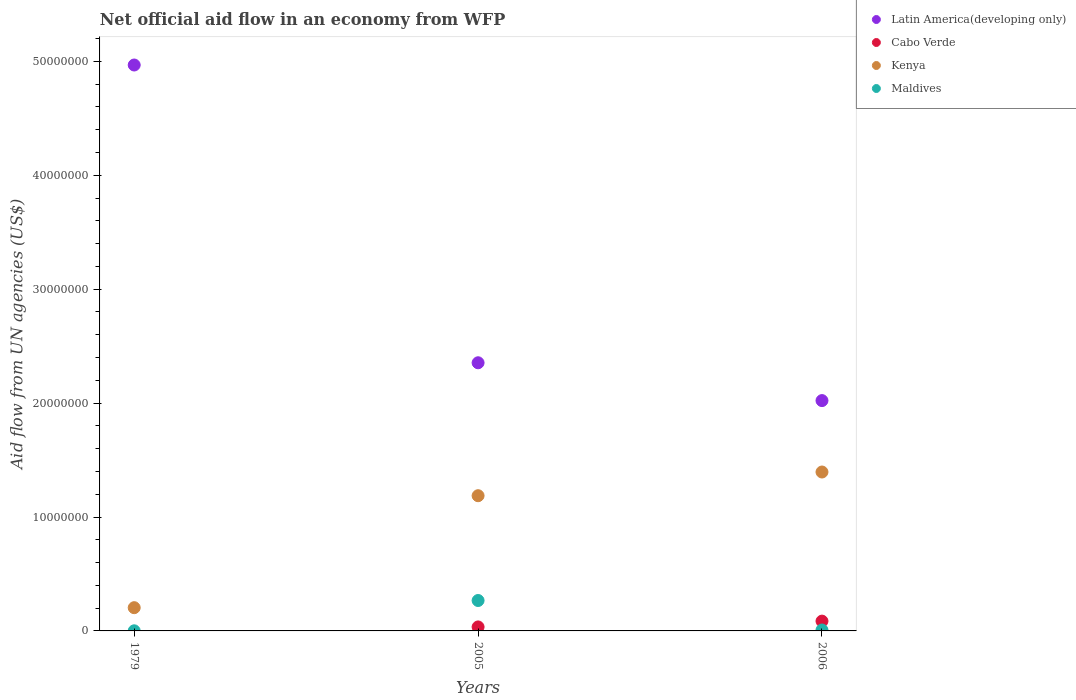
| Years | Latin America(developing only) | Cabo Verde | Kenya | Maldives |
 | --- | --- | --- | --- | --- |
 | 1979 | 4.97e+07 | -2.4e+05 | 2.04e+06 | 1e+04 |
 | 2005 | 2.35e+07 | 3.5e+05 | 1.19e+07 | 2.67e+06 |
 | 2006 | 2.02e+07 | 8.6e+05 | 1.4e+07 | 8e+04 |